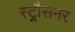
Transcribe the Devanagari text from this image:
स्ट्रौसनर